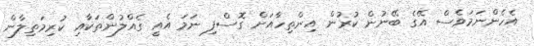
އެހެންނަމަވެސް އޭގެ ބޭނުން ކުރުން އިންތިހާއަށް ގޮސްފި ނަމަ އެއީ ގެއްލުންތަކާއި ކުރިމަތިލާން